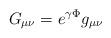
LaTeX: \begin{align*}G_{\mu\nu} = e^{\gamma\Phi} g_{\mu\nu}\end{align*}